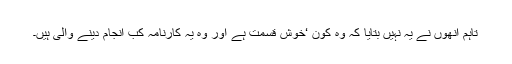
تاہم انھوں نے یہ نہیں بتایا کہ وہ کون ‘خوش قسمت ہے اور وہ یہ کارنامہ کب انجام دینے والی ہیں۔